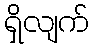
ရှိလျက်